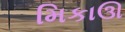
મિકાઊ